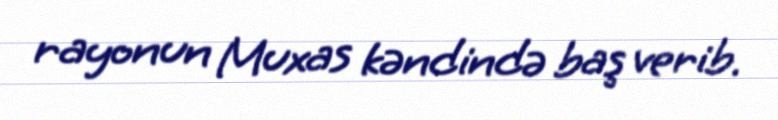
rayonun Muxas kəndində baş verib.